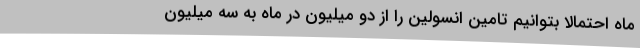
ماه احتمالا بتوانیم تامین انسولین را از دو میلیون در ماه به سه میلیون